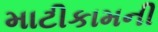
માટીકામની